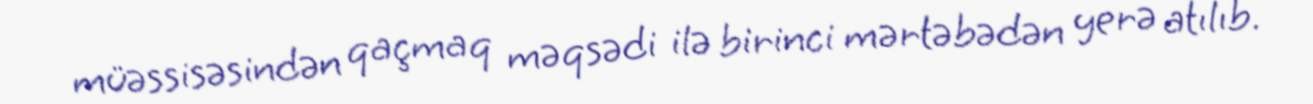
müəssisəsindən qaçmaq məqsədi ilə birinci mərtəbədən yerə atılıb.